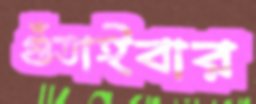
গুঁতাইবার